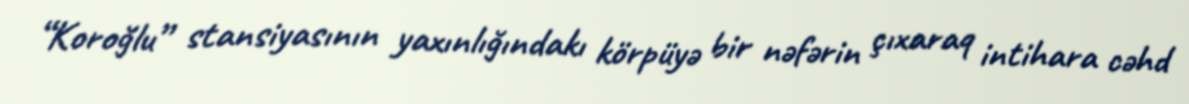
“Koroğlu” stansiyasının yaxınlığındakı körpüyə bir nəfərin çıxaraq intihara cəhd